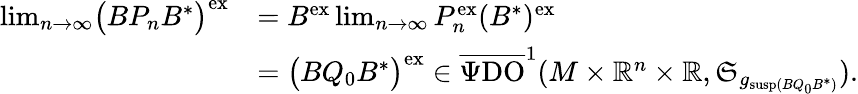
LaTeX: \begin{array}{rl}{\operatorname*{lim}_{n\to\infty}\bigl(BP_{n}B^{\ast}\bigr)^{\mathrm{ex}}}&{=B^{\mathrm{ex}}\operatorname*{lim}_{n\to\infty}P_{n}^{\mathrm{ex}}(B^{\ast})^{\mathrm{ex}}}\\ &{=\bigl(BQ_{0}B^{\ast}\bigr)^{\mathrm{ex}}\in\overline{{\Psi\mathrm{DO}}}^{1}(M\times\mathord{\mathbb{R}}^{n}\times\mathord{\mathbb{R}},\mathfrak{S}_{g_{\mathrm{susp}(BQ_{0}B^{\ast})}}).}\end{array}